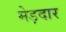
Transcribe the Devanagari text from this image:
मेड़दार